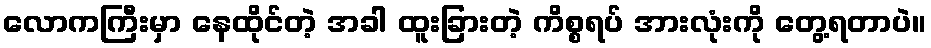
လောကကြီးမှာ နေထိုင်တဲ့ အခါ ထူးခြားတဲ့ ကိစ္စရပ် အားလုံးကို တွေ့ရတာပဲ။